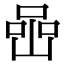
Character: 喦